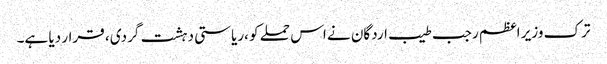
ترک وزیر اعظم رجب طیب اردگان نے اس حملے کو ،ریاستی دہشت گردی ، قرار دیا ہے۔